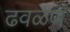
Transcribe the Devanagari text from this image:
ढवळणं